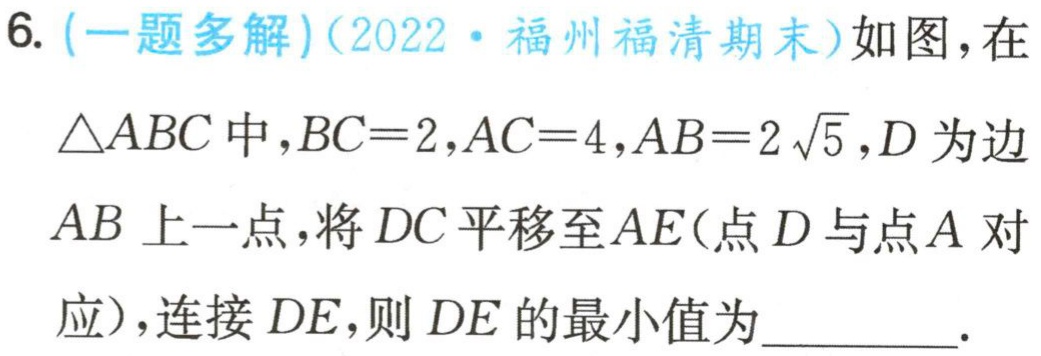
6. (一题多解)(2022·福州福清期末)如图，在

$\triangle ABC$中，$BC = 2$，$AC = 4$，$AB = 2\sqrt{5}$，$D$为边

$AB$上一点，将$DC$平移至$AE$(点$D$与点$A$对

应)，连接$DE$，则$DE$的最小值为_________.